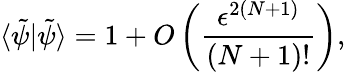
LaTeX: \langle\tilde{\psi}|\tilde{\psi}\rangle=1+O\left(\frac{\epsilon^{2(N+1)}}{{(N+1)!}}\right),